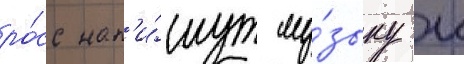
ро́сс нап'и́шут му́зыку к